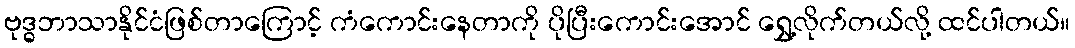
ဗုဒ္ဓဘာသာနိုင်ငံဖြစ်တာကြောင့် ကံကောင်းနေတာကို ပိုပြီးကောင်းအောင် ရွှေ့လိုက်တယ်လို့ ထင်ပါတယ်။